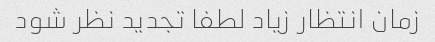
زمان انتظار زیاد لطفا تجدید نظر شود